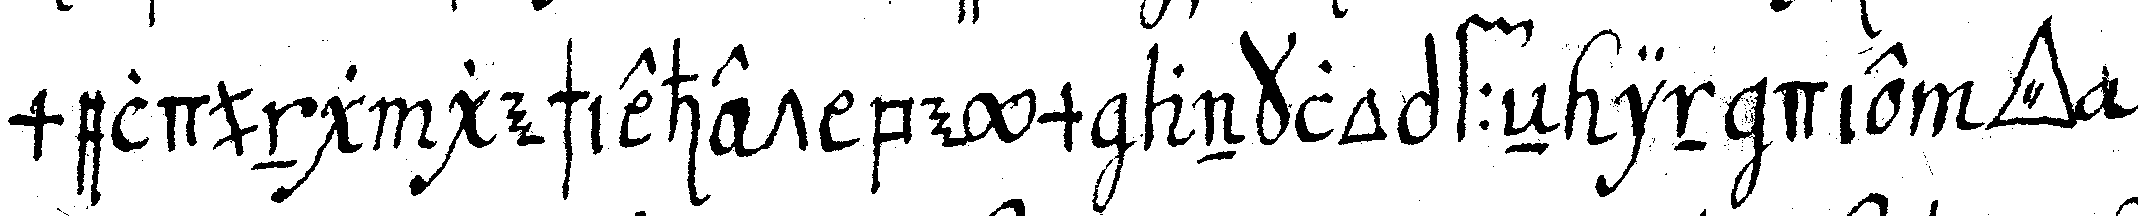
meldung geschiehet beym anklopffeN in die *tri..*